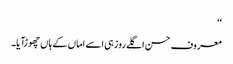
‘‘
معروف حسن اگلے روز ہی اسے اماں کے ہاں چھوڑآیا۔